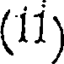
(11)